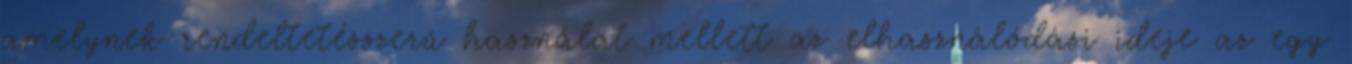
amelynek rendeltetésszerű használat mellett az elhasználódási ideje az egy